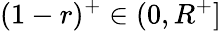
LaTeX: (1-r)^{+}\in(0,R^{+}]